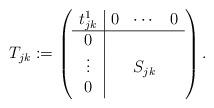
LaTeX: \begin{align*}T_{jk}:=\left( \begin{array}{c|ccc} t_{jk}^1&0&\cdots&0\\ \hline 0&&& \\ \vdots&&S_{jk}& \\ 0&&& \end{array} \right). \end{align*}